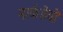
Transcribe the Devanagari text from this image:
मार्कंडेयो